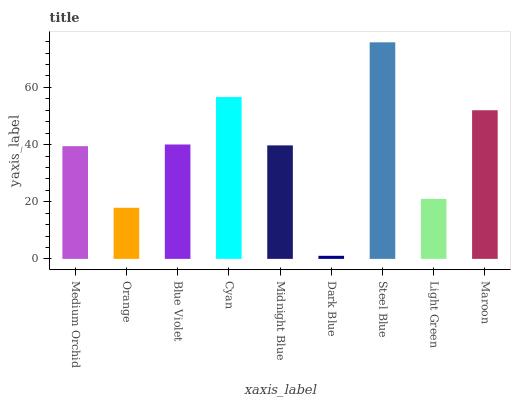
| xaxis_label | bars |
 | --- | --- |
 | Medium Orchid | 39.4 |
 | Orange | 17.9 |
 | Blue Violet | 40 |
 | Cyan | 56.6 |
 | Midnight Blue | 39.7 |
 | Dark Blue | 1.07 |
 | Steel Blue | 75.8 |
 | Light Green | 21 |
 | Maroon | 52 |